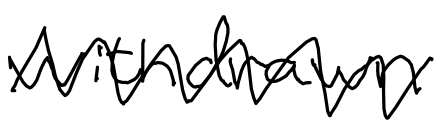
Text: withdrawn
Cross-out: zig-zag
Writing tool: digital_black